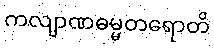
ကလျာဏဓမ္မတရောတိ